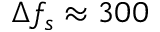
\Delta f _ { s } \approx 3 0 0